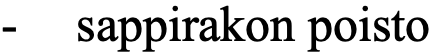
-  sappirakon poisto